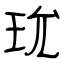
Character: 玧